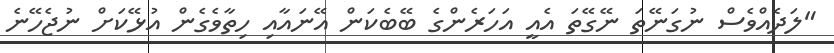
"ލަދެއްވެސް ނުގަނޭތަ ނޭގޭތަ އެއީ އަހަރެންގެ ބޭބެކަން އޭނައާއި ހިތާވެގެން އުޅޭކަށް ނުޖެހޭނެ